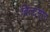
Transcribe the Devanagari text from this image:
बिल्ट्मोर